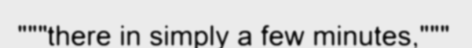
"""there in simply a few minutes,"""